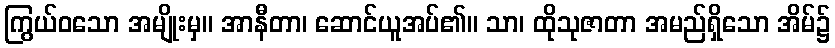
ကြွယ်ဝသော အမျိုးမှ။ အာနီတာ၊ ဆောင်ယူအပ်၏။ သာ၊ ထိုသုဇာတာ အမည်ရှိသော အိမ်၌